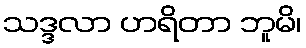
သဒ္ဒလာ ဟရိတာ ဘူမိ၊